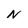
Character: N